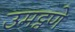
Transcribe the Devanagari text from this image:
उमट्वणे